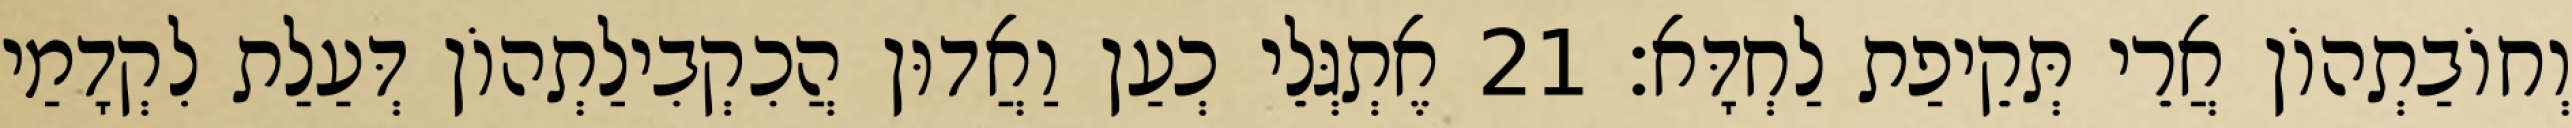
וְחוֹבַתְהוֹן אֲרֵי תְּקֵיפַת לַחְדָּא׃ 21 אֶתְגְּלֵי כְעַן וַאֲדוּן הֲכִקְבִילַתְהוֹן דְּעַלַת לִקְדָמַי